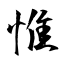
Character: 惟